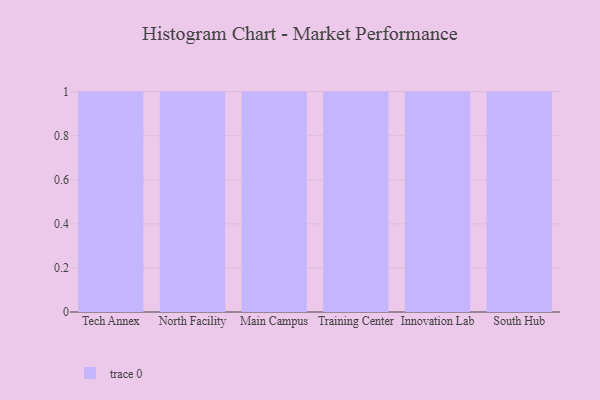
{"axis": {"x": "Campus", "y": "Page Views"}, "legend": [""], "data": [{"x": "Tech Annex", "y": 27, "type": ""}, {"x": "North Facility", "y": 82, "type": ""}, {"x": "Main Campus", "y": 88, "type": ""}, {"x": "Training Center", "y": 29, "type": ""}, {"x": "Innovation Lab", "y": 76, "type": ""}, {"x": "South Hub", "y": 9, "type": ""}]}